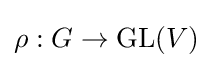
\rho :G\to {\text{GL}}(V)